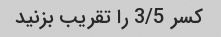
کسر 3/5 را تقریب بزنید